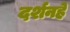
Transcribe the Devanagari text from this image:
दर्शनहे